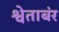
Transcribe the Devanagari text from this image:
श्वेताबंर